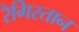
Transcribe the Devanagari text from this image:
रैगिस्तान